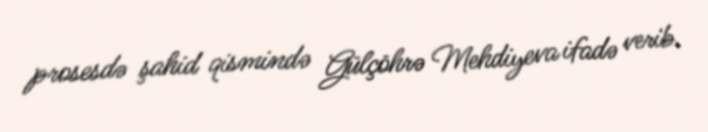
prosesdə şahid qismində Gülçöhrə Mehdiyeva ifadə verib.